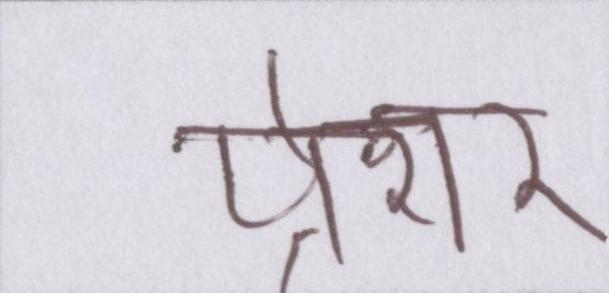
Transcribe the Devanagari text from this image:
प्रेशर